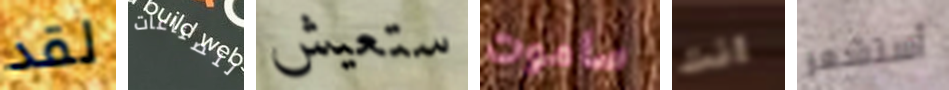
لقد للصناعات ستعيش ساموت انت أستشعر